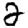
Digit: 2